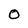
Character: O